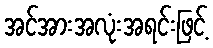
အင်အားအလုံးအရင်းဖြင့်